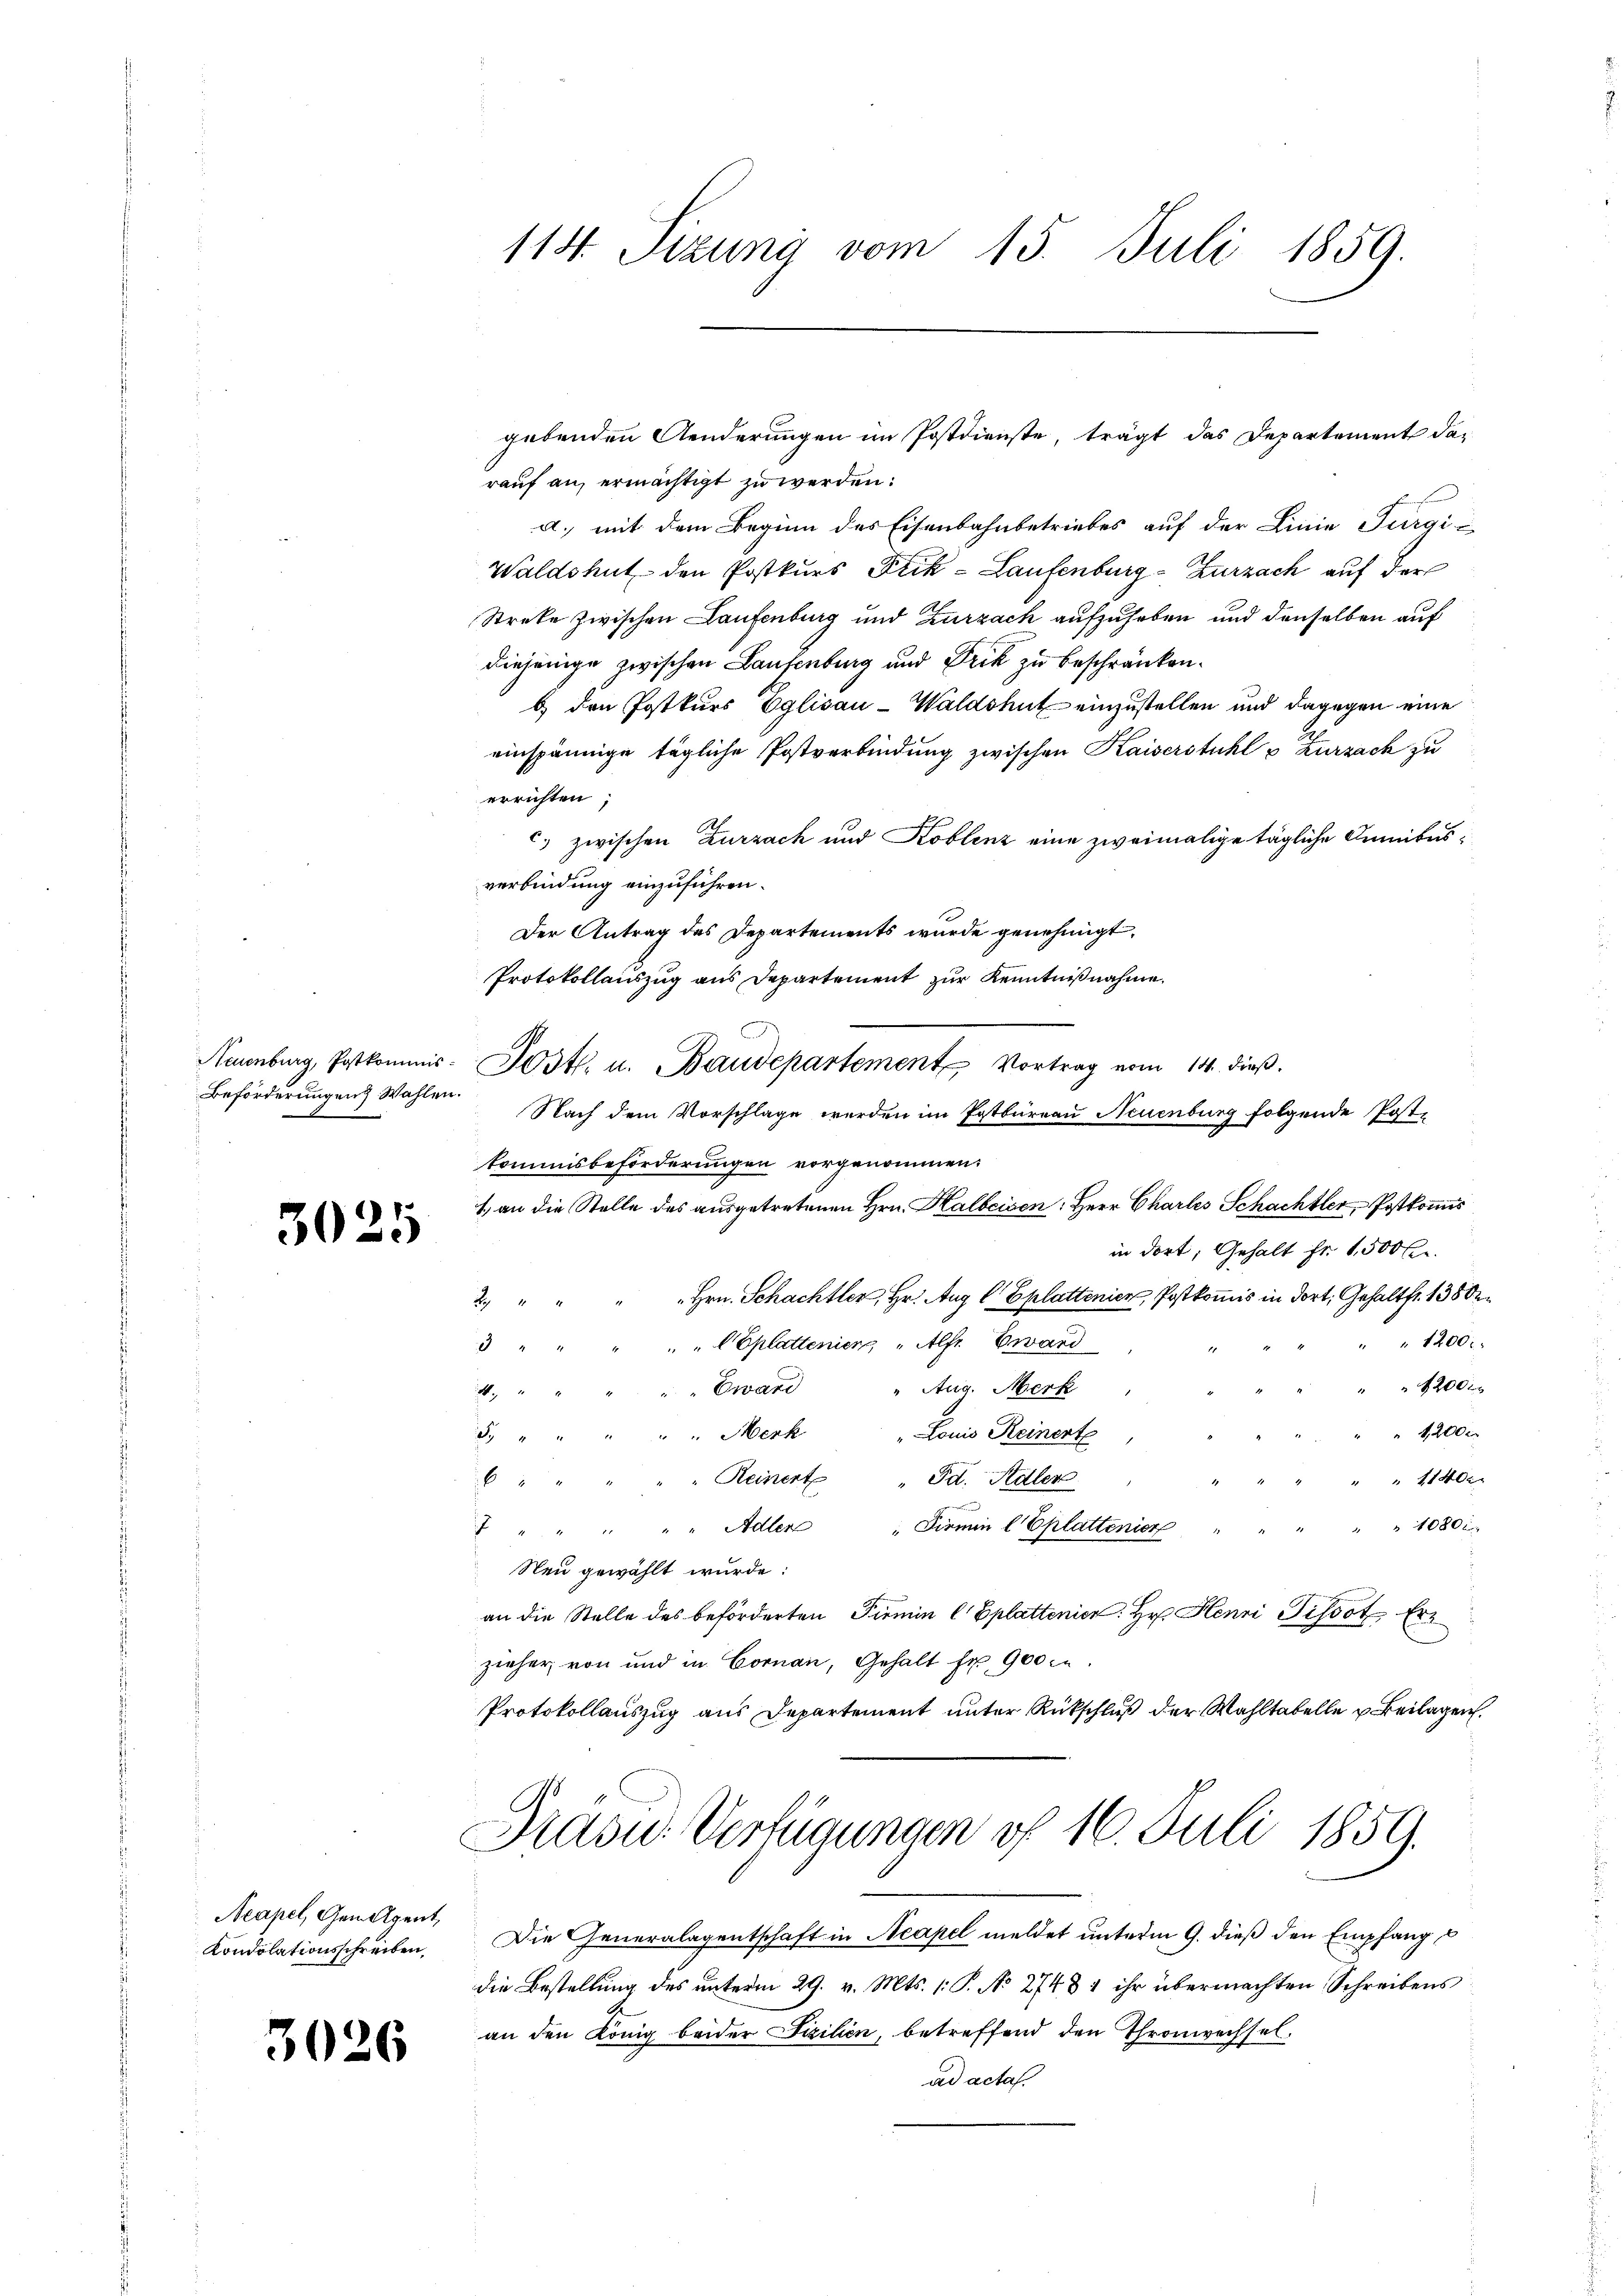
Beförderungen Wahlen.

3025

Neapel, Gemagent,
Kondolationsschreiben.

3026

114. Tizung vom 15. Juli 1859.

rauf an, ermächtigt zu werden:
a., mit dem Beginn des Eisenbahnbetriebes auf der Linie Furgi
Waldshut den Postkurs Frik-Laufenburg - Zurzach auf der
Streke zwischen Laufenburg und Zurzach aufzuheben und denselben auf
diejenige zwischen Laufenburg und Frik zu beschränken.
b den Postkurs Eglisau-Waldshut einzustellen und dagegen eine
einspännige tägliche Postverbindung zwischen Kaiserstuhl v Zurzach zu
errichten,
) zwischen Zurzach und Koblenz eine zweimalige tägliche Dumibusverbindung einzuführen.
Der Antrag des Departements wurde genehmigt.
Protokollauszug aus Departement zur Kenntnißnahme.
Nannburg, Postkommis-Sostl. u. Baudepartement Vortrag vom 14. dieß.
Nach dem Vorschlage werden im Patbureau Neuenburg folgende Poste
kommisbeförderungen vorgenommen:
1., an die Stelle des ausgetretenen Hrn. Halbeisen: Herr Charles Schachtler, Postkommis
in dort, Gehalt fr. 1,500 Fr.
Hrn. Schachtler, Hr. Aug C Eplattenien, Postkommis in dort, Gehaltfr. 138 de
2
" 1200:
" " CEplattenien " Alfr Eward
d " "
1200
Ewand
Aug. Merk
.
1,200
5. " " " " " Merk "Louis Keinert
 1140
" " Reinerte " od. Sidler
x
4080 x
 " " " " " Adler " Firmin (Eplattenicz
Neu gewählt wurde:
an die Stelle des beförderten Pirmin (Eplattenier: Hr. Henri Pissot Ern
zieher von und in Cornau, Gehalt fr. 900 c.
Protokollauszug aus Departement unter Rückschluß der Wahltabelle u. Beilagen.
Präsu Verfügungen f 16. Juli 1859.

gebenden Aenderungen im Postdienste, trägt das Departement da¬

Die Generalagentschaft in Neapel meldet unterm 9. dieß den Empfang
die Bestellung des unterm 29. v. Mts. (: P. No 27481 ihr übermachten Schreibens
an den König beider Fizilien, betreffend den Thronwechsel.
ad acta.